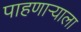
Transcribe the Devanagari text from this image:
पाहणाऱ्याला